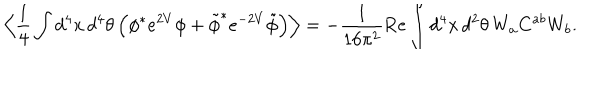
LaTeX: \Big \langle \frac { 1 } { 4 } \int d ^ { 4 } x \, d ^ { 4 } \theta \, \Big ( \phi ^ { * } e ^ { 2 V } \phi + \tilde { \phi } ^ { * } e ^ { - 2 V } \tilde { \phi } \Big ) \Big \rangle = - \frac { 1 } { 1 6 \pi ^ { 2 } } \mathrm { R e } \int d ^ { 4 } x \, d ^ { 2 } \theta \, W _ { a } C ^ { a b } W _ { b } .